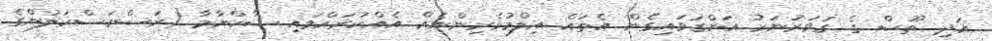
އަދި ތޫސް ގެ ގަވަރުނަރު އަންގަވައިގެން އެތައް އިލްމުވެރިންނެއް އެއްކުރައްވައި ޝާހްނާމާ (ރަސްރަސްކަލުންގެ